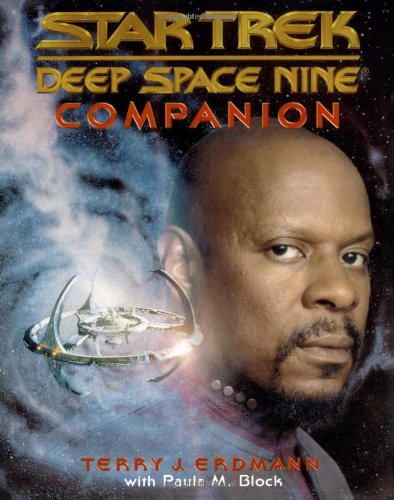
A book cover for Deep Space Nine Companion (Star Trek Deep Space Nine); Terry J. Erdmann; Humor & Entertainment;